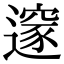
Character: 𨗉